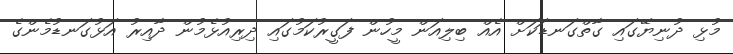
މުޅި ދުނިޔޭގައި ގާތްގަނޑަކަށް އެއް ބިލިއަން މީހުން ފަގީރުކަމުގައި ދިރިއުޅެމުން ދާއިރު އަޅުގަނޑުމެންގެ